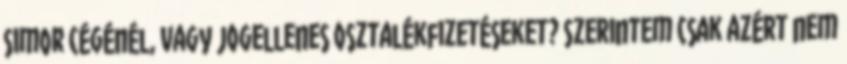
Simor cégénél, vagy jogellenes osztalékfizetéseket? Szerintem csak azért nem